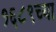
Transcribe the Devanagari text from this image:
१६८९च्या